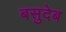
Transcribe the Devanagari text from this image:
बसुदेब